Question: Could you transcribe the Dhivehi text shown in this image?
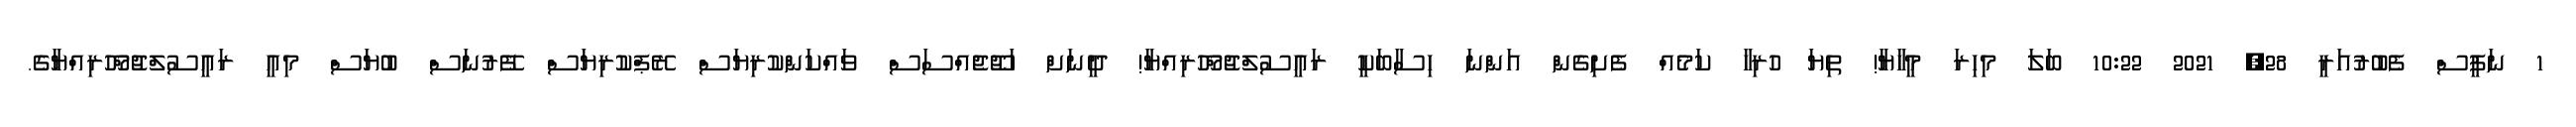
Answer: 1 ނަފީސް ފެބުރުއަރީ 28, 2021 10:22 ބަލަ މިހިރަ މީހާޔާ! ތިޔަ ހުރިހާ ކަމެއް ފެށިގެން އަންނަ ހިސާބަކީ ރައީސުލްޖުމްހޫރިއްޔާ! ދީނަށް ހަޖޫޖެއްސަސް ވައްކަންކުރިޔަސް ރޭޕްކުރިޔަސް ފޭރުނަސް ބުޔަސް މިއީ ރައީސުލްޖުމްހޫރިއްޔާގެ.